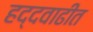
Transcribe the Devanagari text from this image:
हद्दवाढीत